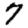
Digit: 7